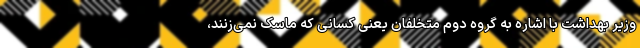
وزیر بهداشت با اشاره به گروه دوم متخلفان یعنی کسانی که ماسک نمی‌زنند،